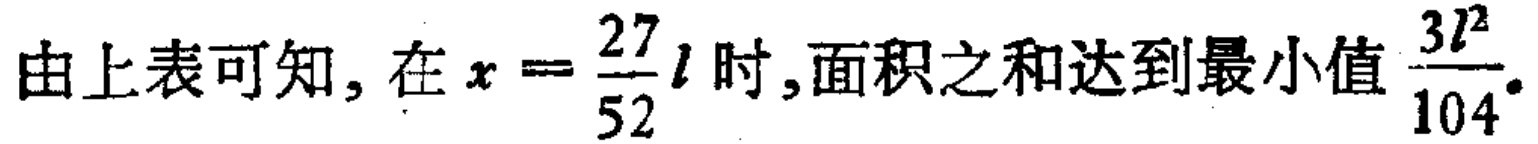
由上表可知, 在 \(x = \frac{27}{52}l\) 时,面积之和达到最小值 \(\frac{3l^{2}}{104}\).